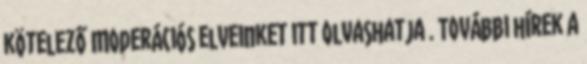
kötelező Moderációs elveinket itt olvashatja . További hírek a